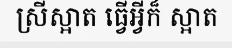
ស្រីស្អាត ធ្វើអ្វីក៏ ស្អាត